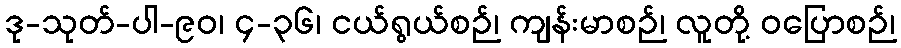
ဒု-သုတ်-ပါ-၉၀၊ ၄-၃၆၊ ငယ်ရွယ်စဉ်၊ ကျန်းမာစဉ်၊ လူတို့ ဝပြောစဉ်၊